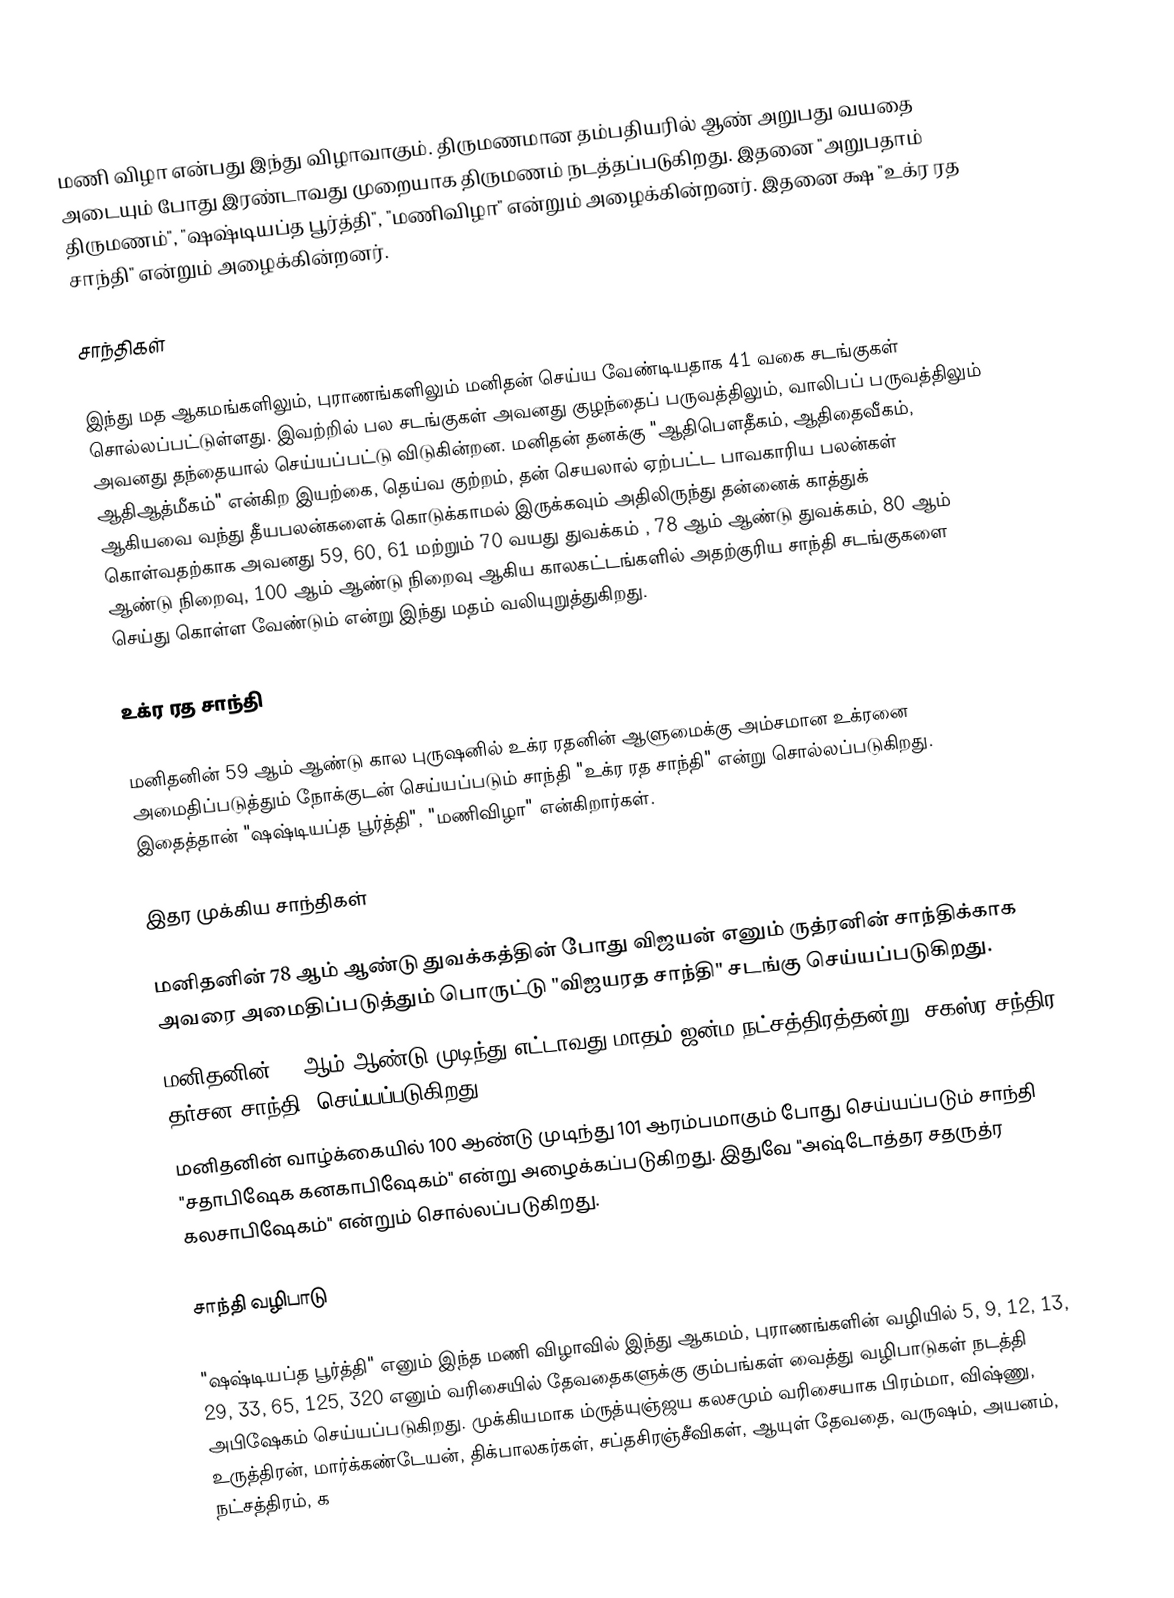
மணி விழா என்பது இந்து விழாவாகும். திருமணமான தம்பதியரில் ஆண் அறுபது வயதை அடையும் போது இரண்டாவது முறையாக திருமணம் நடத்தப்படுகிறது. இதனை "அறுபதாம் திருமணம்", "ஷஷ்டியப்த பூர்த்தி", "மணிவிழா" என்றும் அழைக்கின்றனர். இதனை க்ஷ "உக்ர ரத சாந்தி" என்றும் அழைக்கின்றனர்.

சாந்திகள்

இந்து மத ஆகமங்களிலும், புராணங்களிலும் மனிதன் செய்ய வேண்டியதாக 41 வகை சடங்குகள் சொல்லப்பட்டுள்ளது. இவற்றில் பல சடங்குகள் அவனது குழந்தைப் பருவத்திலும், வாலிபப் பருவத்திலும் அவனது தந்தையால் செய்யப்பட்டு விடுகின்றன. மனிதன் தனக்கு "ஆதிபௌதீகம், ஆதிதைவீகம், ஆதிஆத்மீகம்" என்கிற இயற்கை, தெய்வ குற்றம், தன் செயலால் ஏற்பட்ட பாவகாரிய பலன்கள் ஆகியவை வந்து தீயபலன்களைக் கொடுக்காமல் இருக்கவும் அதிலிருந்து தன்னைக் காத்துக் கொள்வதற்காக அவனது 59, 60, 61 மற்றும் 70 வயது துவக்கம் , 78 ஆம் ஆண்டு துவக்கம், 80 ஆம் ஆண்டு நிறைவு, 100 ஆம் ஆண்டு நிறைவு ஆகிய காலகட்டங்களில் அதற்குரிய சாந்தி சடங்குகளை செய்து கொள்ள வேண்டும் என்று இந்து மதம் வலியுறுத்துகிறது.

உக்ர ரத சாந்தி

மனிதனின் 59 ஆம் ஆண்டு கால புருஷனில் உக்ர ரதனின் ஆளுமைக்கு அம்சமான உக்ரனை அமைதிப்படுத்தும் நோக்குடன் செய்யப்படும் சாந்தி "உக்ர ரத சாந்தி" என்று சொல்லப்படுகிறது. இதைத்தான் "ஷஷ்டியப்த பூர்த்தி",  "மணிவிழா" என்கிறார்கள்.

இதர முக்கிய சாந்திகள்

 மனிதனின் 78 ஆம் ஆண்டு துவக்கத்தின் போது விஜயன் எனும் ருத்ரனின் சாந்திக்காக அவரை அமைதிப்படுத்தும் பொருட்டு "விஜயரத சாந்தி" சடங்கு செய்யப்படுகிறது.
 மனிதனின் 80 ஆம் ஆண்டு முடிந்து எட்டாவது மாதம் ஜன்ம நட்சத்திரத்தன்று "சகஸ்ர சந்திர தர்சன சாந்தி" செய்யப்படுகிறது.
 மனிதனின் வாழ்க்கையில் 100 ஆண்டு முடிந்து 101 ஆரம்பமாகும் போது செய்யப்படும் சாந்தி "சதாபிஷேக கனகாபிஷேகம்" என்று அழைக்கப்படுகிறது. இதுவே "அஷ்டோத்தர சதருத்ர கலசாபிஷேகம்" என்றும் சொல்லப்படுகிறது.

சாந்தி வழிபாடு

"ஷஷ்டியப்த பூர்த்தி" எனும் இந்த மணி விழாவில் இந்து ஆகமம், புராணங்களின் வழியில் 5, 9, 12, 13, 29, 33, 65, 125, 320 எனும் வரிசையில் தேவதைகளுக்கு கும்பங்கள் வைத்து வழிபாடுகள் நடத்தி அபிஷேகம் செய்யப்படுகிறது. முக்கியமாக ம்ருத்யுஞ்ஜய கலசமும் வரிசையாக பிரம்மா, விஷ்ணு, உருத்திரன், மார்க்கண்டேயன், திக்பாலகர்கள், சப்தசிரஞ்சீவிகள், ஆயுள் தேவதை, வருஷம், அயனம், நட்சத்திரம், க